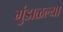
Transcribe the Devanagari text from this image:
गुंडाळल्या